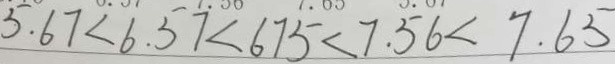
5 . 6 7 < 6 . 5 7 < 6 7 5 < 7 . 5 6 < 7 . 6 5